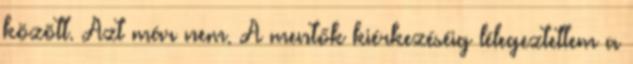
között. Azt már nem. A mentők kiérkezéséig lélegeztettem a